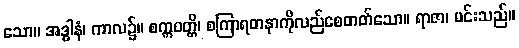
သော။ အဒ္ဓါနံ၊ ကာလ၌။ စက္ကဝတ္တိ၊ စကြာရတနာကိုလည်စေတတ်သော။ ရာဇာ၊ မင်းသည်။